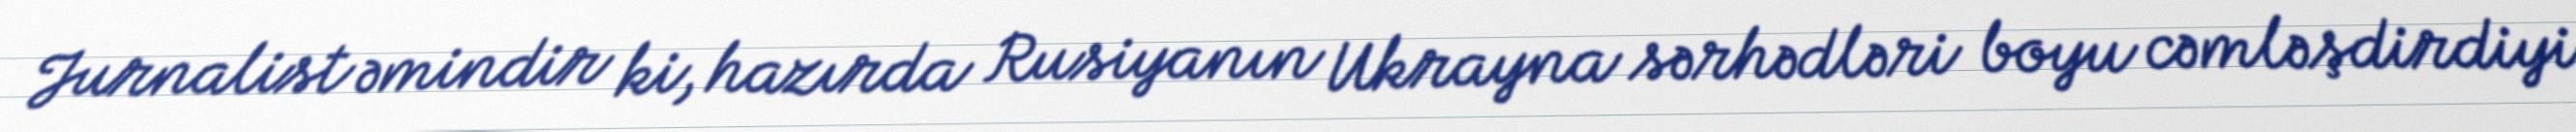
Jurnalist əmindir ki, hazırda Rusiyanın Ukrayna sərhədləri boyu cəmləşdirdiyi